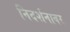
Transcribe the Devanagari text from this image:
निदर्शनावर